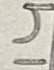
Text: 14